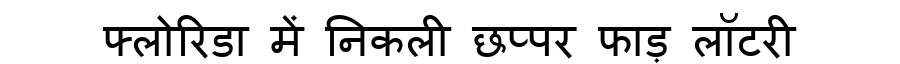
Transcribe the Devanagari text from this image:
फ्लोरिडा में निकली छप्पर फाड़ लॉटरी